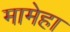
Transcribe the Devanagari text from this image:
मामेहा